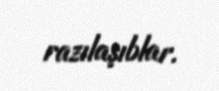
razılaşıblar.